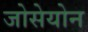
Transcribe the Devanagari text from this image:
जोसेयोन